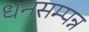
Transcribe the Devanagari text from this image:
धनसम्पन्न